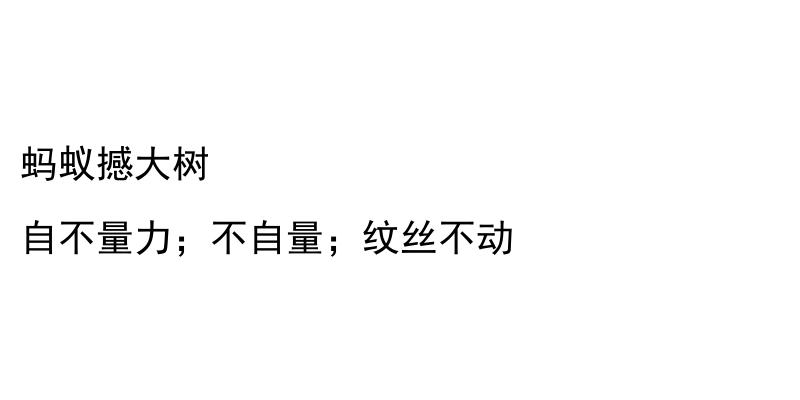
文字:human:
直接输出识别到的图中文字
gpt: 蚂蚁撼大树 自不量力；不自量；纹丝不动